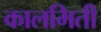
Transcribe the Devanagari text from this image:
कालमिती